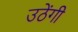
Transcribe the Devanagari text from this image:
उठेंगी